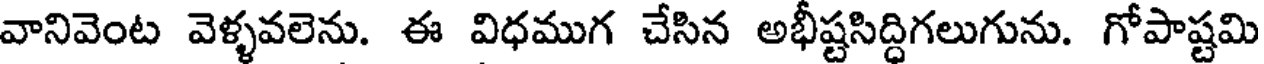
వానివెంట వెళ్ళవలెను. ఈ విధముగ చేసిన అభీష్టసిద్ధిగలుగును. గోపాష్టమి